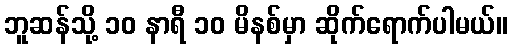
ဘူဆန်သို့ ၁၀ နာရီ ၁၀ မိနစ်မှာ ဆိုက်ရောက်ပါမယ်။